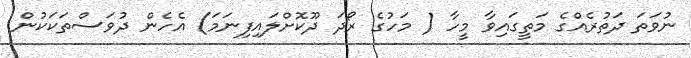
ނުވަތަ ދަތުރެއްގެ މަތީގައިވާ މީހާ ( މަހުގެ ރޯދަ ދޫކޮށްލައިފިނަމަ) އެހެން ދުވަސްތަކަކުން